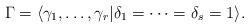
LaTeX: \begin{align*}\Gamma = \langle \gamma_1 , \ldots, \gamma_r | \delta_1 =\cdots = \delta_s = 1 \rangle.\end{align*}